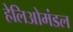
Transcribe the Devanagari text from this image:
हेलिओमंडल